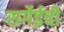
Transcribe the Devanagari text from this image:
सर्गेईची